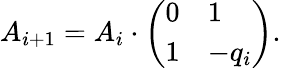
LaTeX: A_{i+1}=A_{i}\cdot{\left(\begin{array}{ll}{0}&{1}\\ {1}&{-q_{i}}\end{array}\right)}.